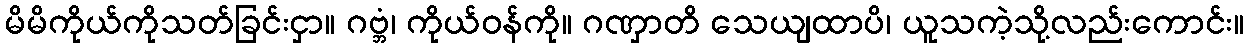
မိမိကိုယ်ကိုသတ်ခြင်းငှာ။ ဂဗ္ဘံ၊ ကိုယ်ဝန်ကို။ ဂဏှာတိ သေယျထာပိ၊ ယူသကဲ့သို့လည်းကောင်း။